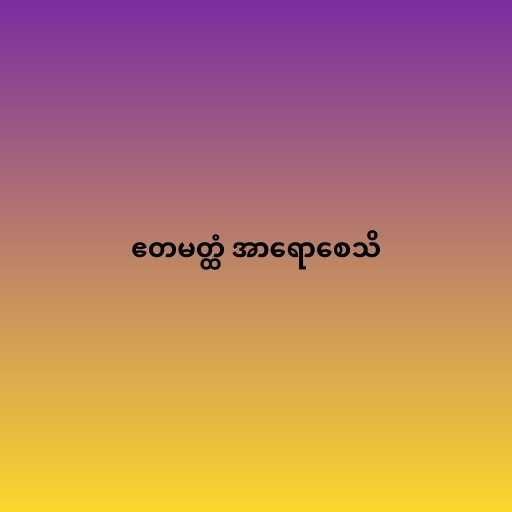
ဧတမတ္ထံ အာရောစေသိ